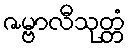
ဇမ္ဗာလီသုတ္တံ